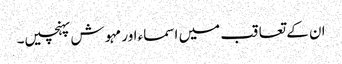
ان کے تعاقب میں اسماء اور مہوش پہنچیں۔